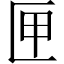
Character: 匣